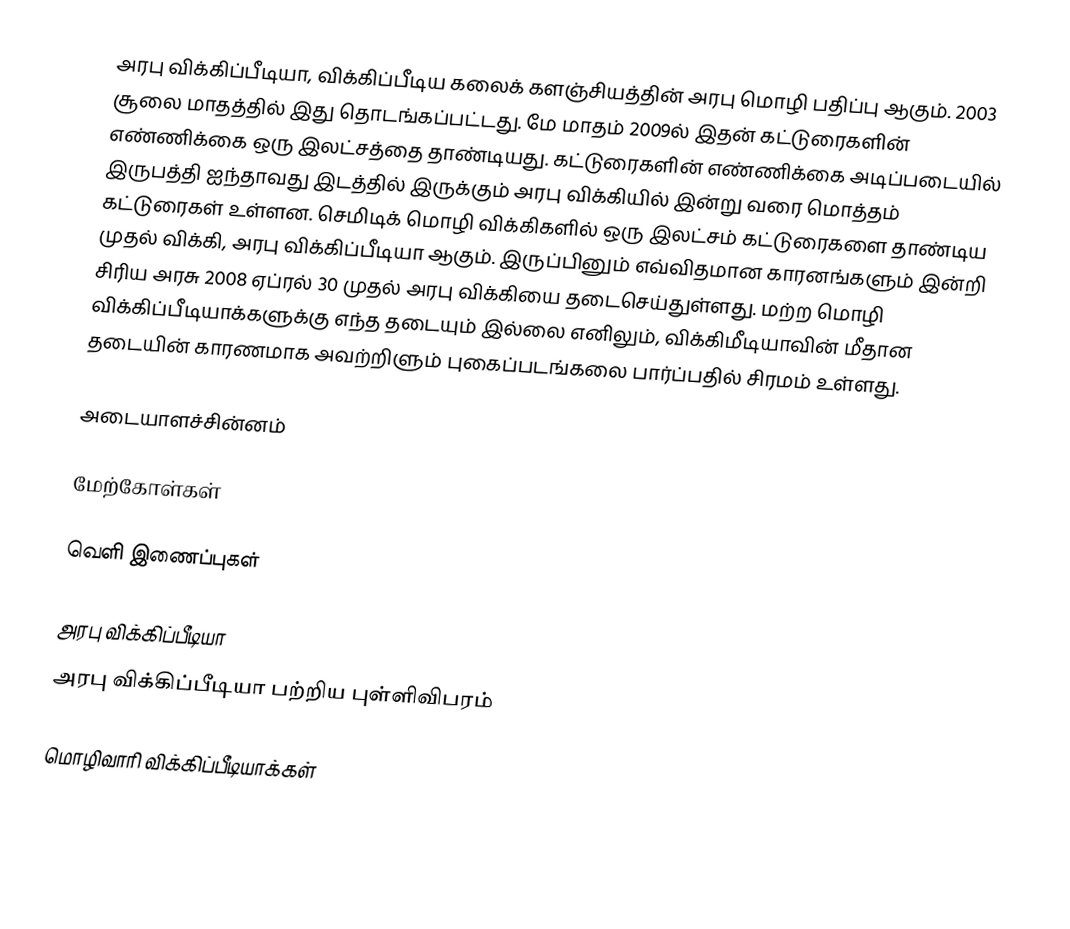
அரபு விக்கிப்பீடியா, விக்கிப்பீடிய கலைக் களஞ்சியத்தின் அரபு மொழி பதிப்பு ஆகும். 2003 சூலை மாதத்தில் இது தொடங்கப்பட்டது. மே மாதம் 2009ல் இதன் கட்டுரைகளின் எண்ணிக்கை ஒரு இலட்சத்தை தாண்டியது. கட்டுரைகளின் எண்ணிக்கை அடிப்படையில் இருபத்தி ஐந்தாவது இடத்தில் இருக்கும் அரபு விக்கியில் இன்று வரை மொத்தம் கட்டுரைகள் உள்ளன. செமிடிக் மொழி விக்கிகளில் ஒரு இலட்சம் கட்டுரைகளை தாண்டிய முதல் விக்கி, அரபு விக்கிப்பீடியா ஆகும். இருப்பினும் எவ்விதமான காரனங்களும் இன்றி சிரிய அரசு 2008 ஏப்ரல் 30 முதல் அரபு விக்கியை தடைசெய்துள்ளது. மற்ற மொழி விக்கிப்பீடியாக்களுக்கு எந்த தடையும் இல்லை எனிலும், விக்கிமீடியாவின் மீதான தடையின் காரணமாக அவற்றிளும் புகைப்படங்கலை பார்ப்பதில் சிரமம் உள்ளது.

அடையாளச்சின்னம்

மேற்கோள்கள்

வெளி இணைப்புகள்

அரபு விக்கிப்பீடியா
அரபு விக்கிப்பீடியா பற்றிய புள்ளிவிபரம்

மொழிவாரி விக்கிப்பீடியாக்கள்